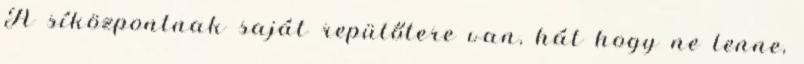
A síközpontnak saját repülőtere van, hát hogy ne lenne,